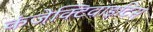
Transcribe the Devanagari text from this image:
कंजेक्टिवाइटिस